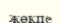
жөкпе